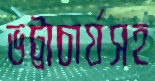
ভট্টাচার্যসহ